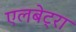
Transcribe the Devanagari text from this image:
एलबेट्रा